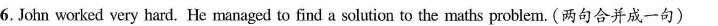
6.John worked very hard. He managed to find a solution to the maths problem. (两句合并成一句)